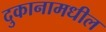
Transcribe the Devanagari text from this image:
दुकानामधील